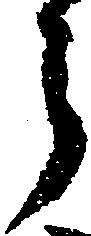
ら